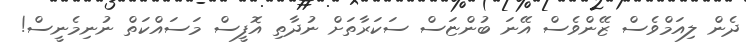
ދެން ލިއަމްވެސް ޒޭންވެސް އޭނަ ބުންޏަސް ސަކަރާތަށް ނުދާތި އޮފީސް މަސައްކަތް ނުނިމެނީސް!